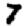
Digit: 7